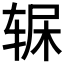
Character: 𲅂